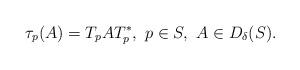
LaTeX: \begin{align*}\tau_p(A)=T_p AT_p^*,\ p\in S,\ A\in D_\delta(S).\end{align*}